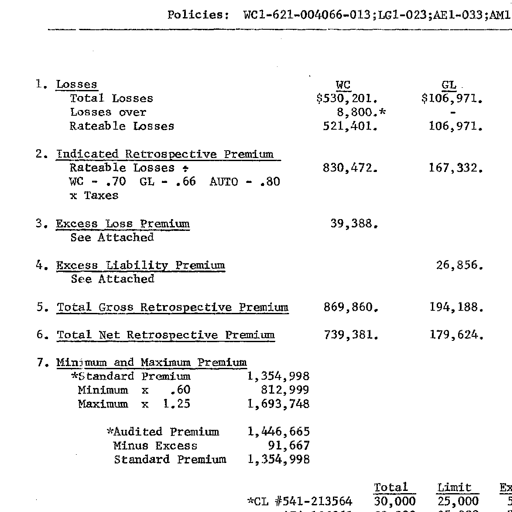
Policies: WC1-621-004066-013;LG1-023;AE1-033;AM1

1. Losses
Total Losses
Losses over
Rateable Losses

WC
$530,201.
8,800.*
521,401.

GL
$106,971.
-
106,971.

2. Indicated Retrospective Premium
Rateable Losses ÷
WC - .70 GL - .66 AUTO - .80
x Taxes

830,472.

167,332.

3. Excess Loss Premium
See Attached

39,388.

4. Excess Liability Premium
See Attached

26,856.

5. Total Gross Retrospective Premium
869,860.
194,188.

6. Total Net Retrospective Premium
739,381.
179,624.

7. Minimum and Maximum Premium
*Standard Premium 1,354,998
Minimum x .60 812,999
Maximum x 1.25 1,693,748

*Audited Premium 1,446,665
Minus Excess 91,667
Standard Premium 1,354,998

Total Limit Ex
*CL #541-213564 30,000 25,000 5